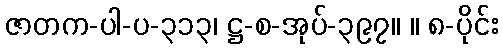
ဇာတက-ပါ-ပ-၃၁၃၊ ဋ္ဌ-စ-အုပ်-၃၉၇။ ။ ၈-ပိုင်း